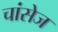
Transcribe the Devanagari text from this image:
चांसेज